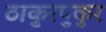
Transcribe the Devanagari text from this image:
ठाकुरपुकुर